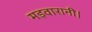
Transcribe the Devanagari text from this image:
मड़वारानी।